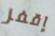
إقفز